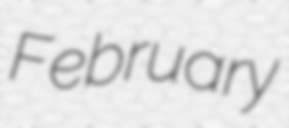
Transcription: February